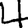
Digit: 4